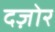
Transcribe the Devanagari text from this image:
दज़ोर